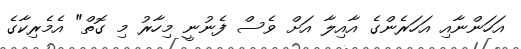
އަހަންނާއި އަހަރެންގެ އާއިލާ އަށް ވެސް ފެނުނީ މިހާރު މި ގޮތް" އެމެރިކާގެ